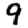
Digit: 9